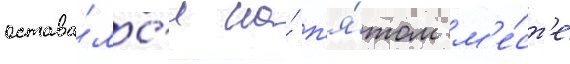
остава́лс'я на́ п'я́том м'е́ст'е